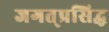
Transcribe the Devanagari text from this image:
जगत्‌प्रसिद्ध